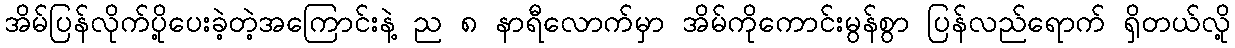
အိမ်ပြန်လိုက်ပို့ပေးခဲ့တဲ့အကြောင်းနဲ့ ည ၈ နာရီလောက်မှာ အိမ်ကိုကောင်းမွန်စွာ ပြန်လည်ရောက် ရှိတယ်လို့